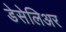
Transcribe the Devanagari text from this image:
डेसेलिअर